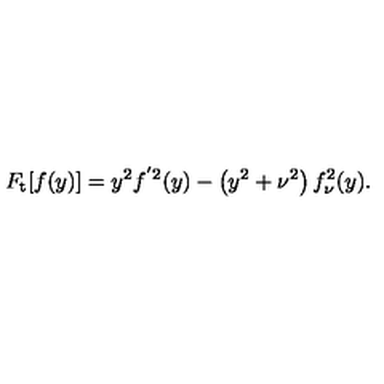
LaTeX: F _ { \mathrm { t } } [ f ( y ) ] = y ^ { 2 } f ^ { ^ { \prime } 2 } ( y ) - \left( y ^ { 2 } + \nu ^ { 2 } \right) f _ { \nu } ^ { 2 } ( y ) .